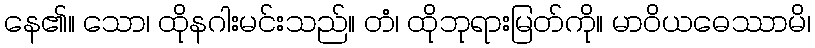
နေ၏။ သော၊ ထိုနဂါးမင်းသည်။ တံ၊ ထိုဘုရားမြတ်ကို။ မာဝိယဓေဿာမိ၊